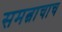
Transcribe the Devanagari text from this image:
समत्वाचाच